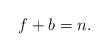
LaTeX: \begin{align*}f+b=n.\end{align*}